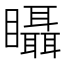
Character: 𥍉